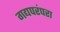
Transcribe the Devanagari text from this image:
गद्यपरंपरा